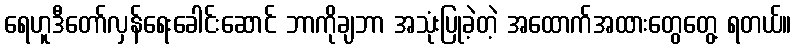
ရေဟူဒီတော်လှန်ရေးခေါင်းဆောင် ဘာကိုချဘာ အသုံးပြုခဲ့တဲ့ အထောက်အထားတွေတွေ့ ရတယ်။